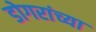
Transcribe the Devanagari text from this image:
डोगरांच्या